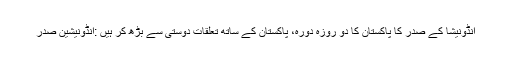
انڈونیشا کے صدر کا پاکستان کا دو روزہ دورہ، پاکستان کے ساتھ تعلقات دوستی سے بڑھ کر ہیں :انڈونیشین صدر